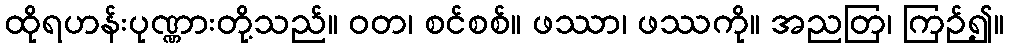
ထိုရဟန်းပုဏ္ဏားတို့သည်။ ဝတ၊ စင်စစ်။ ဖဿာ၊ ဖဿကို။ အညတြ၊ ကြဉ်၍။